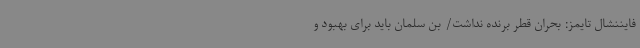
فایننشال تایمز: بحران قطر برنده نداشت/ بن سلمان باید برای بهبود و